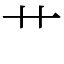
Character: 艹